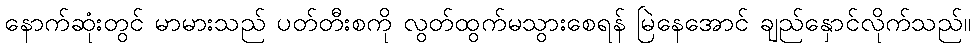
နောက်ဆုံးတွင် မာမားသည် ပတ်တီးစကို လွတ်ထွက်မသွားစေရန် မြဲနေအောင် ချည်နှောင်လိုက်သည်။